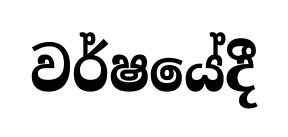
වර්ෂයේදී